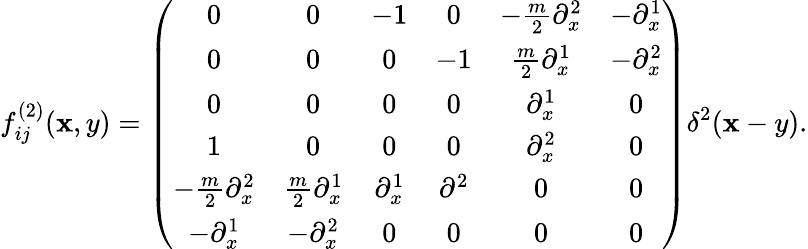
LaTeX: f_{ij}^{(2)}(\mathbf{x},y)=\left(\begin{array}{cccccc}{{0}}&{{0}}&{{-1}}&{{0}}&{{-\frac{m}{2}\partial_{x}^{2}}}&{{-\partial_{x}^{1}}}\\ {{0}}&{{0}}&{{0}}&{{-1}}&{{\frac{m}{2}\partial_{x}^{1}}}&{{-\partial_{x}^{2}}}\\ {{0}}&{{0}}&{{0}}&{{0}}&{{\partial_{x}^{1}}}&{{0}}\\ {{1}}&{{0}}&{{0}}&{{0}}&{{\partial_{x}^{2}}}&{{0}}\\ {{-\frac{m}{2}\partial_{x}^{2}}}&{{\frac{m}{2}\partial_{x}^{1}}}&{{\partial_{x}^{1}}}&{{\partial^{2}}}&{{0}}&{{0}}\\ {{-\partial_{x}^{1}}}&{{-\partial_{x}^{2}}}&{{0}}&{{0}}&{{0}}&{{0}}\end{array}\right)\delta^{2}(\mathbf{x}-y).